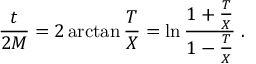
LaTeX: { \frac { t } { 2 M } } = 2 \arctan { \frac { T } { X } } = \ln \frac { 1 + { \frac { T } { X } } } { 1 - { \frac { T } { X } } } \; .